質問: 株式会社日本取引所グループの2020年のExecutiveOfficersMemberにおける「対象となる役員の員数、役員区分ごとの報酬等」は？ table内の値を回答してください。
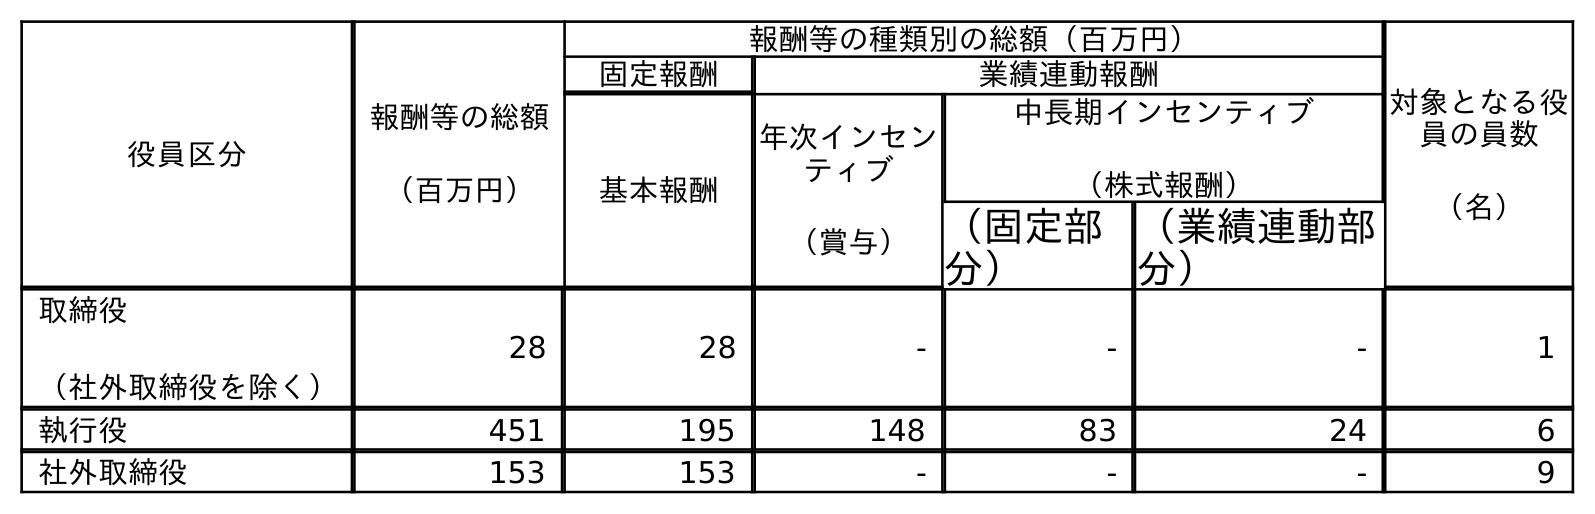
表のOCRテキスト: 役員区分 報酬等の総額 （百万円） 報酬等の種類別の総額（百万円） 対象となる役 員の員数 （名） 固定報酬 業績連動報酬 基本報酬 年次インセン ティブ （賞与） 中長期インセンティブ （株式報酬） （固定部 分） （業績連動部 分） 取締役 （社外取締役を除く） 28 28 - - - 1 執行役 451 195 148 83 24 6 社外取締役 153 153 - - - 9
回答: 6